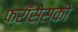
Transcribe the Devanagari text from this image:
फ्राँसेस्को